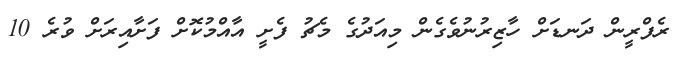
ރެފްރީން ދަނޑަށް ހާޒިރުނުވެގެން މިއަދުގެ މެޗު ފެށީ އާއްމުކޮށް ފަށާއިރަށް ވުރެ 10